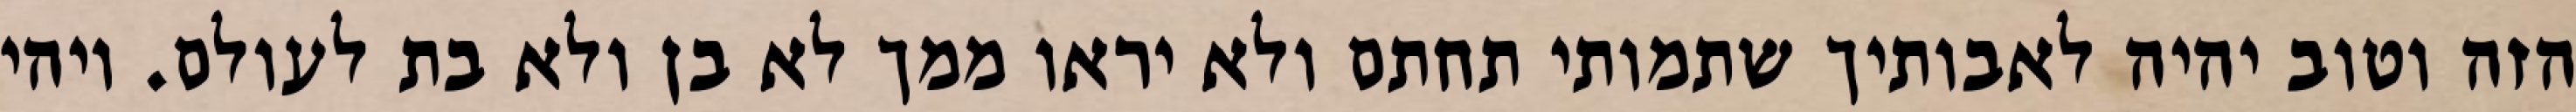
הזה וטוב יהיה לאבותיך שתמותי תחתם ולא יראו ממך לא בן ולא בת לעולם. ויהי